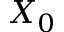
X _ { 0 }